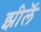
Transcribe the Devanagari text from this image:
झीलॆं